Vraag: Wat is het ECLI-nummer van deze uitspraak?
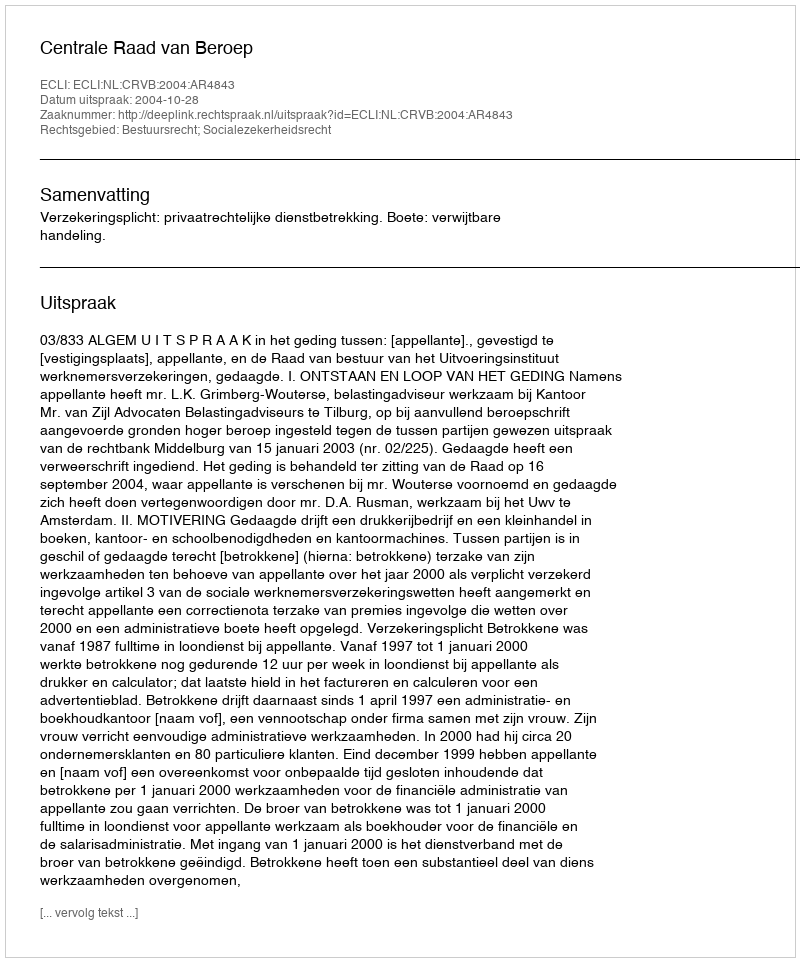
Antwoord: ECLI:NL:CRVB:2004:AR4843